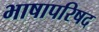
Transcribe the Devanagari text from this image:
भाषापरिषद